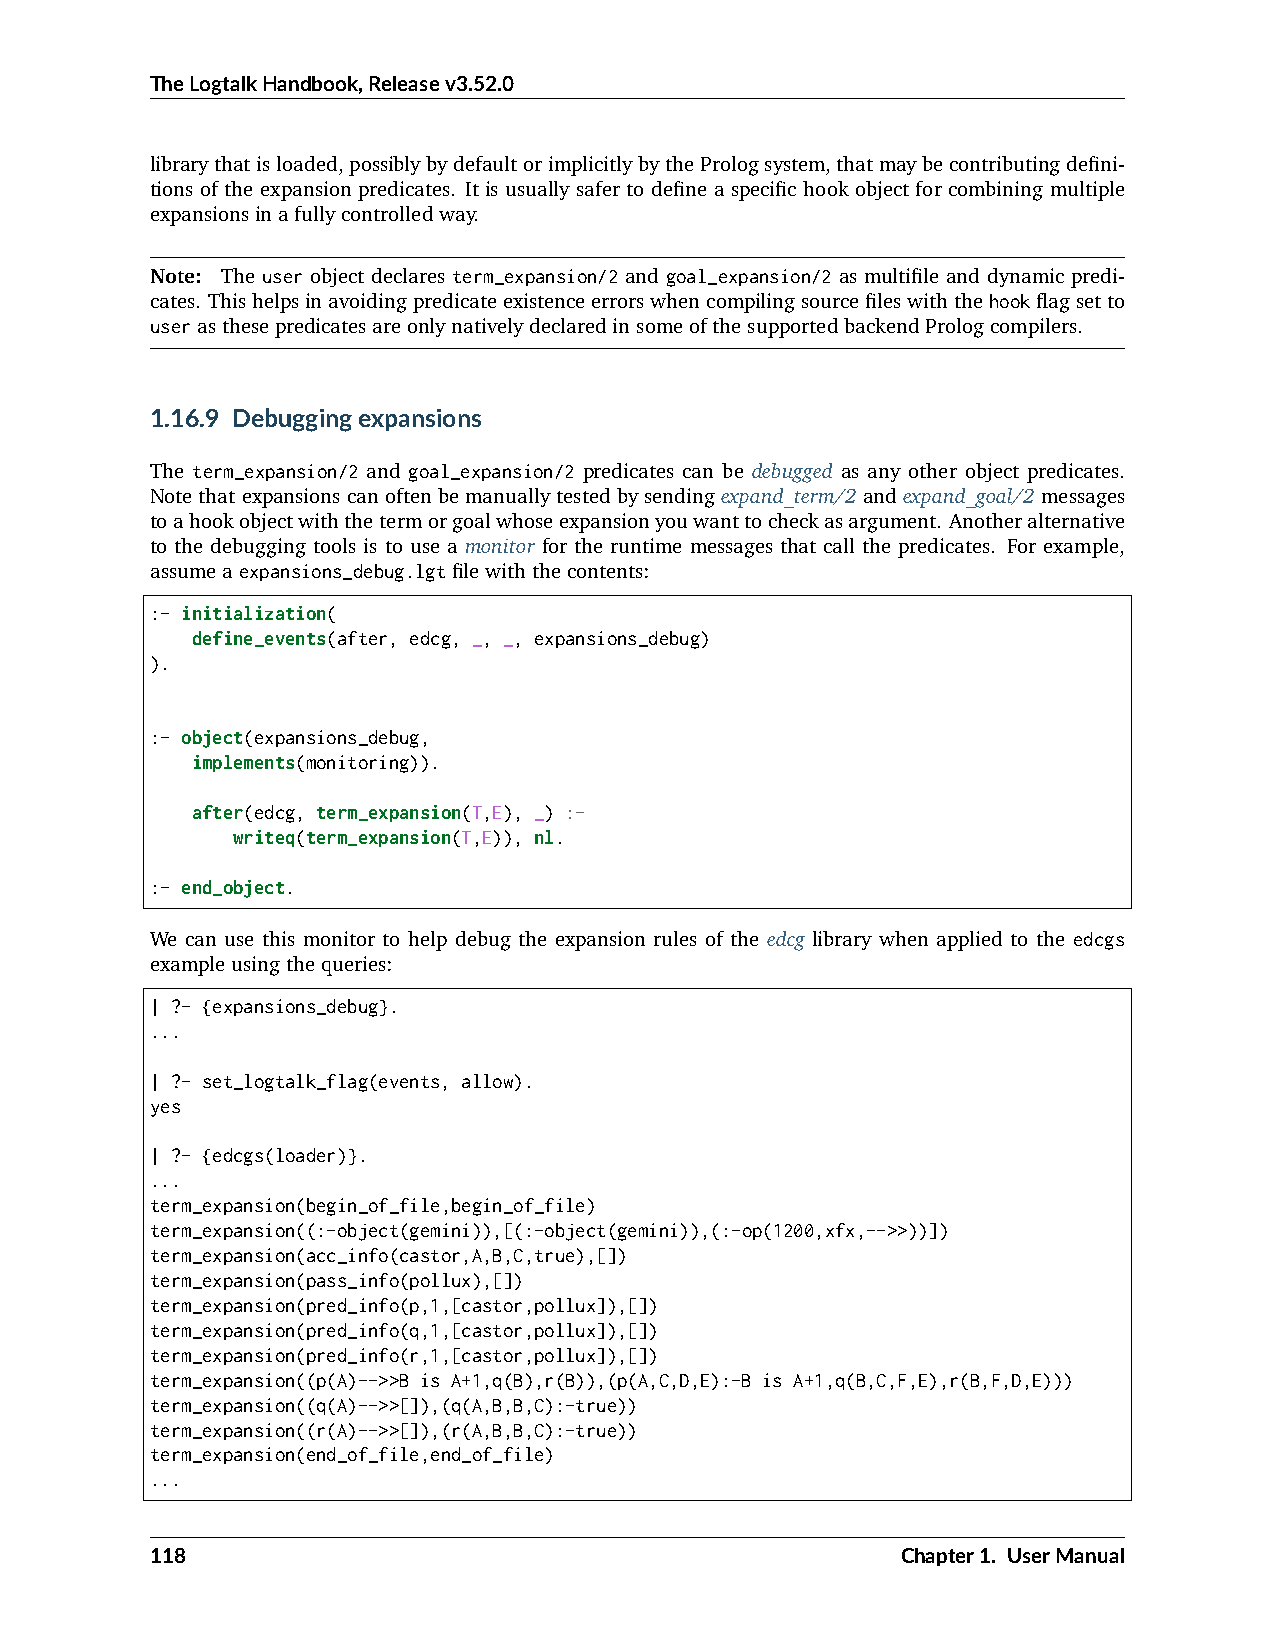
TheLogtalkHandbook,Releasev3.52.0
 librarythatisloaded,possiblybydefaultorimplicitlybythePrologsystem,thatmaybecontributingdefini-
 tions of the expansion predicates. It is usually safer to define a specific hook object for combining multiple
 expansionsinafullycontrolledway.
 Note: The user object declares term_expansion/2 and goal_expansion/2 as multifile and dynamic predi-
 cates. Thishelpsinavoidingpredicateexistenceerrorswhencompilingsourcefileswiththehookflagsetto
 userasthesepredicatesareonlynativelydeclaredinsomeofthesupportedbackendPrologcompilers.
 1.16.9 Debuggingexpansions
 The term_expansion/2 and goal_expansion/2 predicates can be debugged as any other object predicates.
 Notethatexpansionscanoftenbemanuallytestedbysendingexpand_term/2andexpand_goal/2messages
 toahookobjectwiththetermorgoalwhoseexpansionyouwanttocheckasargument. Anotheralternative
 to the debugging tools is to use a monitor for the runtime messages that call the predicates. For example,
 assumeaexpansions_debug.lgtfilewiththecontents:
 :- initialization(
 define_events(after, edcg, _, _, expansions_debug)
 ).
 :- object(expansions_debug,
 implements(monitoring)).
 after(edcg, term_expansion(T,E), _) :-
 writeq(term_expansion(T,E)), nl.
 :- end_object.
 We can use this monitor to help debug the expansion rules of the edcg library when applied to the edcgs
 exampleusingthequeries:
 | ?- {expansions_debug}.
 ...
 | ?- set_logtalk_flag(events, allow).
 yes
 | ?- {edcgs(loader)}.
 ...
 term_expansion(begin_of_file,begin_of_file)
 term_expansion((:-object(gemini)),[(:-object(gemini)),(:-op(1200,xfx,-->>))])
 term_expansion(acc_info(castor,A,B,C,true),[])
 term_expansion(pass_info(pollux),[])
 term_expansion(pred_info(p,1,[castor,pollux]),[])
 term_expansion(pred_info(q,1,[castor,pollux]),[])
 term_expansion(pred_info(r,1,[castor,pollux]),[])
 term_expansion((p(A)-->>B is A+1,q(B),r(B)),(p(A,C,D,E):-B is A+1,q(B,C,F,E),r(B,F,D,E)))
 term_expansion((q(A)-->>[]),(q(A,B,B,C):-true))
 term_expansion((r(A)-->>[]),(r(A,B,B,C):-true))
 term_expansion(end_of_file,end_of_file)
 ...
 118                                               Chapter1. UserManual